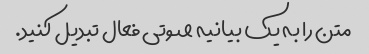
متن را به یک بیانیه صوتی فعال تبدیل کنید.